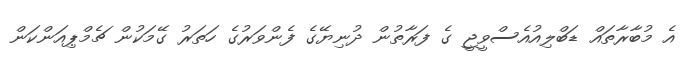
އެ މުބާރާތައް ޑަބްލިއުއެސްވީޖީ ގެ ފަރާތުން ދުނިޔޭގެ ފެންވަރުގެ ހަތަރު ގޭމަކުން ޗެމްޕިއަންކަން